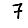
Digit: 7